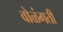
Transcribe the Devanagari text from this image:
वोळंगती